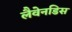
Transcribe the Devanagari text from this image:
लैवेनडिस